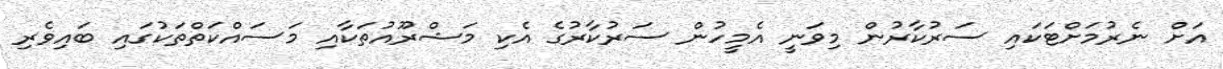
އަށް ނެރުމަށްޓަކައި ސަރުކާރުން މިވަނީ އެމީހުން ސަރުކާރުގެ އެކި މަޝްރޫއުތަކާއި މަސައްކަތްތަކުގައި ބައިވެރި